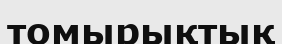
томырықтық